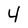
Character: 4